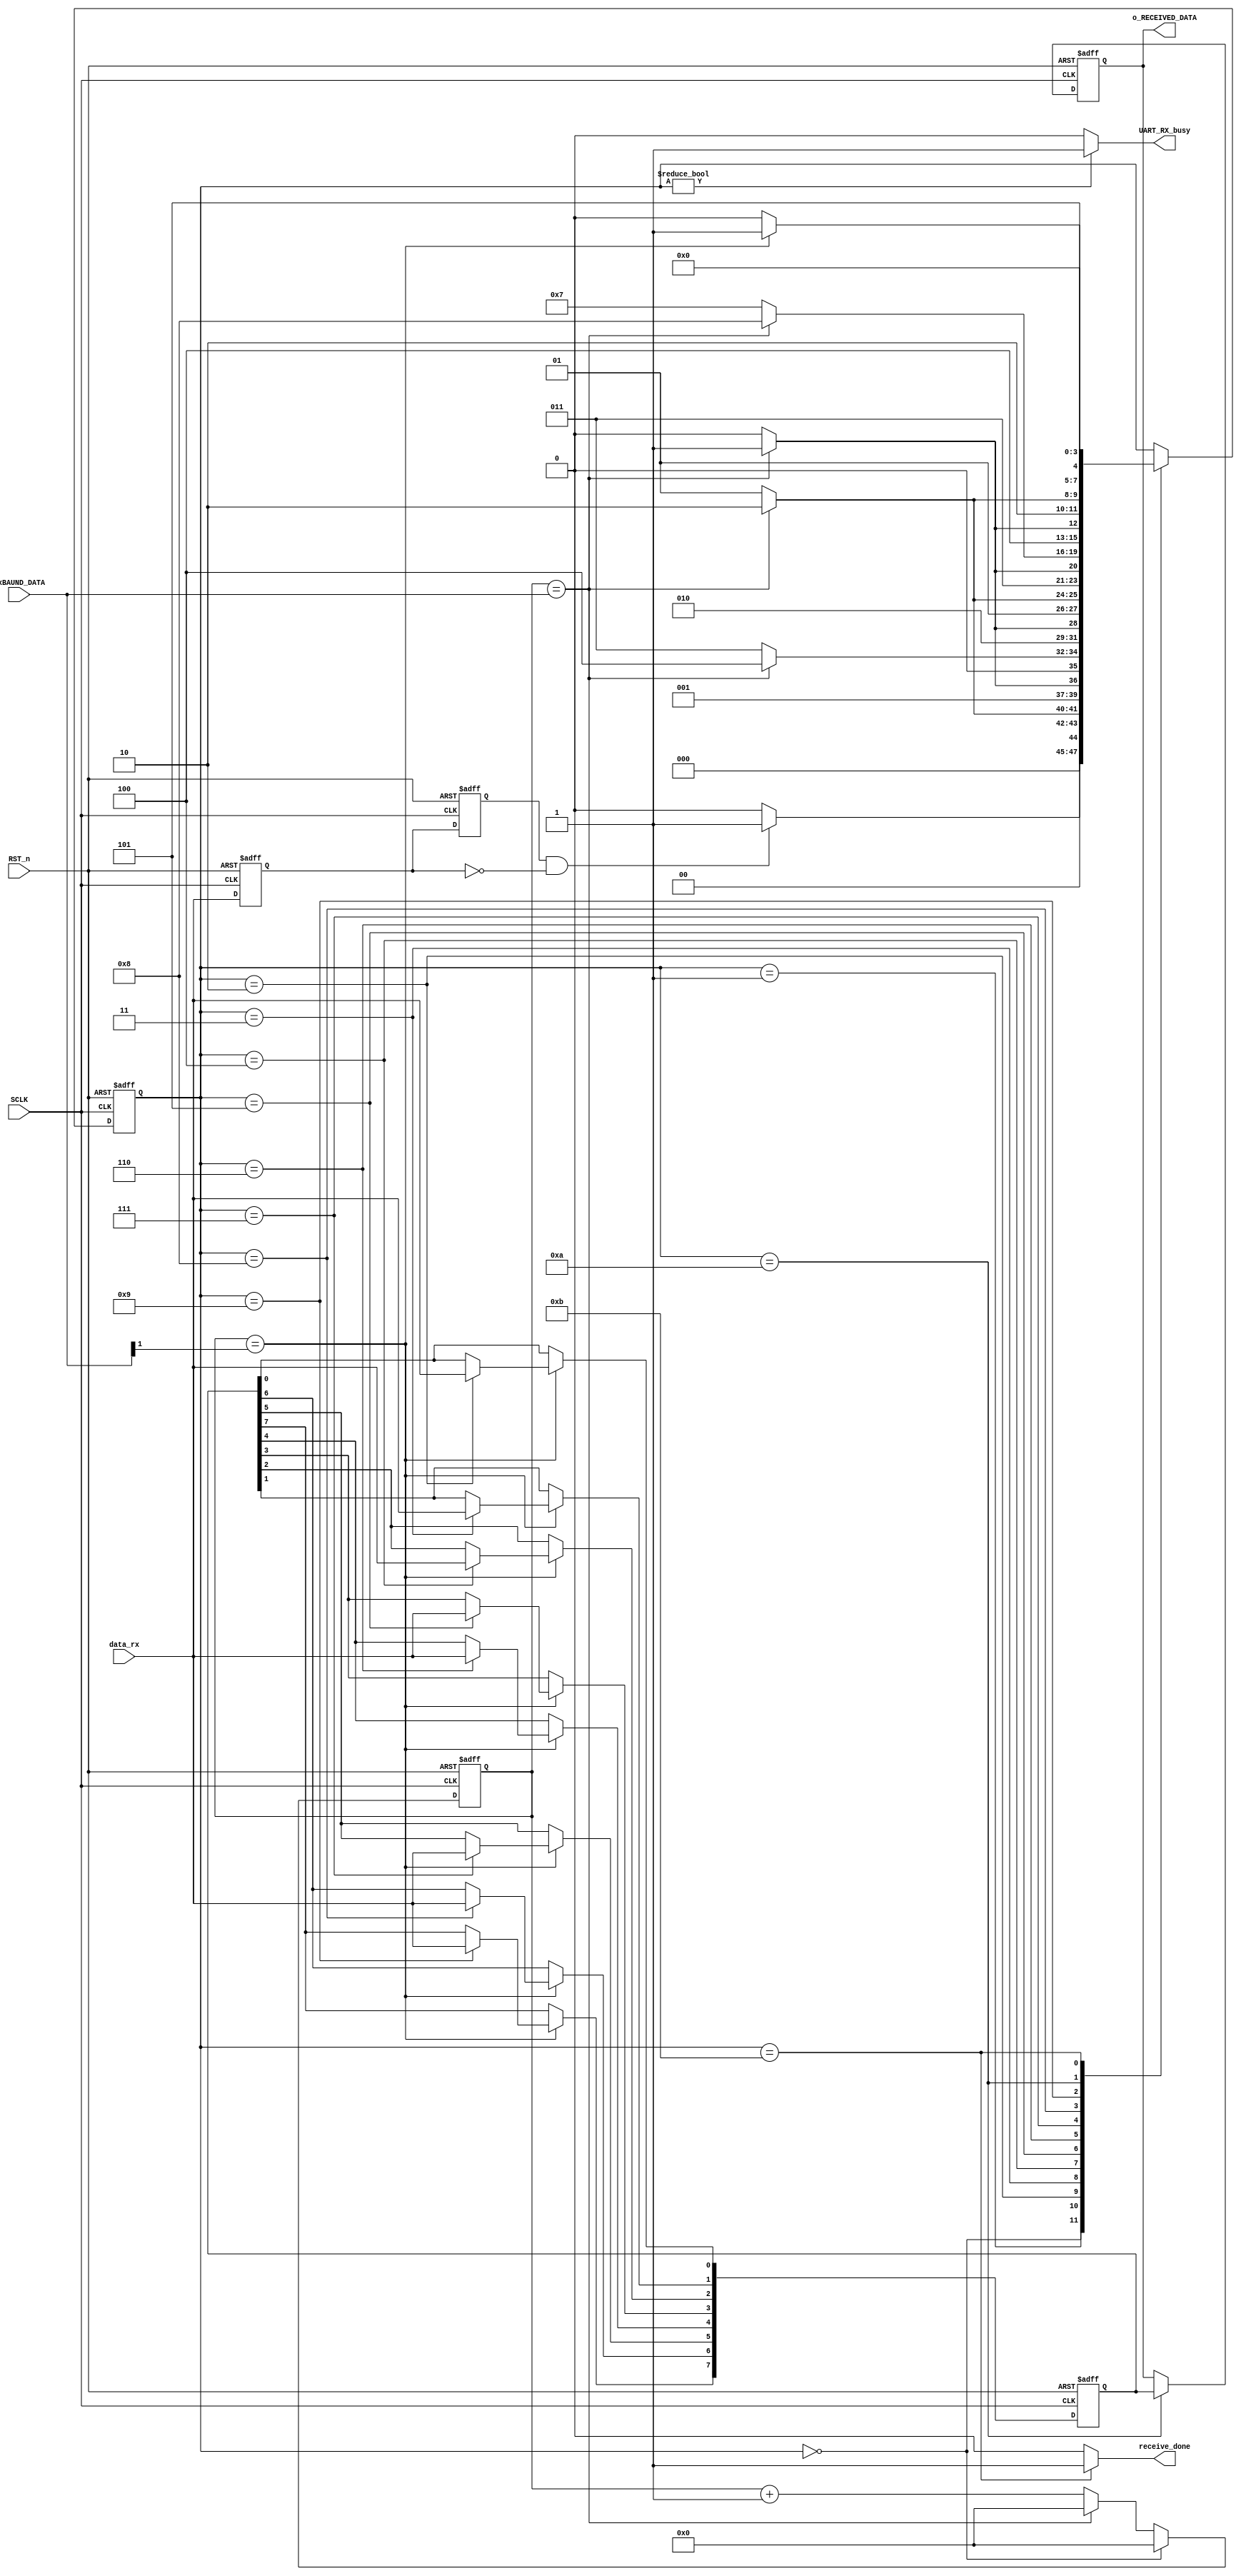
`timescale 1ns / 1ps
//////////////////////////////////////////////////////////////////////////////////
// Company: 
// Engineer: 
// 
// Design Name: 
// Module Name:    Serial 
// Project Name: 
// Target Devices: 
// Tool versions: 
// Description: 
//
// Dependencies: 
//
// Revision: 
// Revision 0.01 - File Created
// Additional Comments: 
//
//////////////////////////////////////////////////////////////////////////////////
module uart_receive(
				   input 			SCLK,
				   input 			RST_n,
				   input 	 [12:0] rxBAUND_DATA,		   
				   input 			data_rx,
				   output reg [7:0] o_RECEIVED_DATA,
				   output 	 		UART_RX_busy,
				   output 	 		receive_done
				   );

	wire [12:0] BAUND_END_CNT;
	
	assign BAUND_END_CNT = rxBAUND_DATA;

	assign receive_half_cnt = (BAUND_END_CNT >> 1);
	
	reg data_rx_0;
	reg data_rx_1;
	
	always@(posedge SCLK or negedge RST_n)
	begin
		if(RST_n == 1'b0)
		begin
			data_rx_0 <= 1'b0;
			data_rx_1 <= 1'b0;	
		end
		else
		begin
			data_rx_0 <= data_rx;
			data_rx_1 <= data_rx_0;
		end
	end

	wire start_receive;
	assign start_receive = data_rx_1 && ~data_rx_0;
	
	reg [12:0] receive_cnt;
	reg [3:0] receive_stat;
	
	always@(posedge SCLK or negedge RST_n)
	begin
		if(!RST_n)							  receive_cnt <= 13'b0;
		else if(receive_stat == 4'b0000)	  receive_cnt <= 13'b0;
		else if(receive_cnt == BAUND_END_CNT) receive_cnt <= 13'b0;
		else								  receive_cnt <= receive_cnt + 1'b1;
	end
	
	always@(posedge SCLK or negedge RST_n)
	begin
		if(!RST_n) receive_stat <= 4'b0000;  
		else
		begin
			case(receive_stat)
			4'b0000: receive_stat <= (start_receive) ? 4'b0001 : 4'b0000;
			4'b0001: receive_stat <= (receive_cnt == BAUND_END_CNT) ? 4'b0010 : 4'b0001; //0 
			4'b0010: receive_stat <= (receive_cnt == BAUND_END_CNT) ? 4'b0011 : 4'b0010; //1 data
			4'b0011: receive_stat <= (receive_cnt == BAUND_END_CNT) ? 4'b0100 : 4'b0011; //2 data
			4'b0100: receive_stat <= (receive_cnt == BAUND_END_CNT) ? 4'b0101 : 4'b0100; //3 data
			4'b0101: receive_stat <= (receive_cnt == BAUND_END_CNT) ? 4'b0110 : 4'b0101; //4 data
			4'b0110: receive_stat <= (receive_cnt == BAUND_END_CNT) ? 4'b0111 : 4'b0110; //5 data
			4'b0111: receive_stat <= (receive_cnt == BAUND_END_CNT) ? 4'b1000 : 4'b0111; //6 data
			4'b1000: receive_stat <= (receive_cnt == BAUND_END_CNT) ? 4'b1001 : 4'b1000; //7 data
			4'b1001: receive_stat <= (receive_cnt == BAUND_END_CNT) ? 4'b1010 : 4'b1001; //8 data
			4'b1010: receive_stat <= (receive_cnt == receive_half_cnt) ? 4'b1011 : 4'b1010; //9
			4'b1011: receive_stat <= 4'b0000;
			endcase
		end
	end

	reg [7:0] data_inter_cache;
	
	always@(posedge SCLK or negedge RST_n)
	begin
		if(!RST_n) data_inter_cache <= 8'b0000;  
		else if(receive_cnt == receive_half_cnt)
		begin
			case(receive_stat)
			4'b0010: data_inter_cache[0] <= data_rx;
			4'b0011: data_inter_cache[1] <= data_rx;
			4'b0100: data_inter_cache[2] <= data_rx;
			4'b0101: data_inter_cache[3] <= data_rx;
			4'b0110: data_inter_cache[4] <= data_rx;
			4'b0111: data_inter_cache[5] <= data_rx;
			4'b1000: data_inter_cache[6] <= data_rx;
			4'b1001: data_inter_cache[7] <= data_rx;
			default: data_inter_cache <= data_inter_cache;
			endcase
		end
		else data_inter_cache <= data_inter_cache;
	end
	
	always@(posedge SCLK or negedge RST_n)
	begin
		if(!RST_n) 						 o_RECEIVED_DATA <= 8'b0;
		else if(receive_stat == 4'b1010) o_RECEIVED_DATA <= data_inter_cache;
		else							 o_RECEIVED_DATA <= o_RECEIVED_DATA;
	end
	
	assign receive_done = (receive_stat == 4'b1011) ? 1'b1 : 1'b0;
	assign UART_RX_busy = (receive_stat != 4'b0000) ? 1'b1 : 1'b0;
	
endmodule